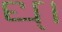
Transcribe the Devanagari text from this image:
ध्।